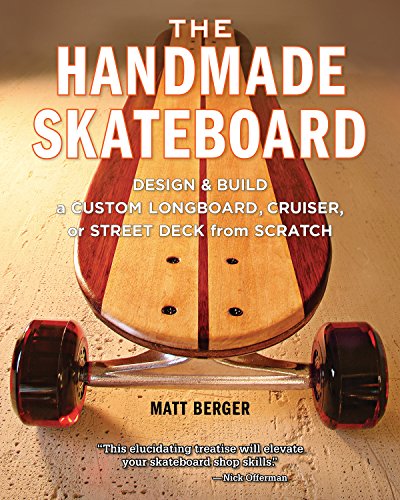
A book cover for The Handmade Skateboard: Design & Build a Custom Longboard, Cruiser, or Street Deck from Scratch; Matt Berger; Sports & Outdoors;